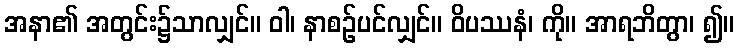
အနာ၏ အတွင်း၌သာလျှင်။ ဝါ၊ နာစဉ်ပင်လျှင်။ ဝိပဿနံ၊ ကို။ အာရဘိတွာ၊ ၍။